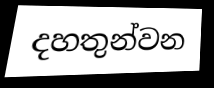
දහතුන්වන